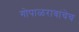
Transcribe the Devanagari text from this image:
गोपाळरावांचेच